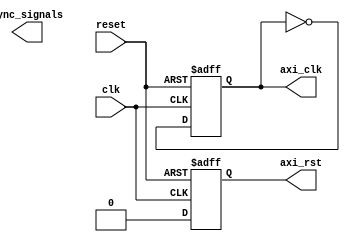
module timing_control_sync (
    input wire clk,
    input wire reset,
    
    // Timing control signals
    output reg axi_clk,
    output reg axi_rst,
    
    // Synchronization signals
    output reg sync_signals
);

    // Clock generation and synchronization logic
    always @(posedge clk or posedge reset) begin
        if (reset) begin
            axi_clk <= 1'b0;
            axi_rst <= 1'b1;
        end else begin
            axi_clk <= ~axi_clk;
            axi_rst <= 1'b0;
        end
    end

    // Data transfer timing management logic
    // (Add logic for handling data transfer timing requirements here)

    // Handshake signal management logic
    // (Add logic for managing handshake signals here)

    // Synchronization logic
    always @(posedge axi_clk) begin
        // Add synchronization logic here
    end

endmodule